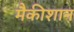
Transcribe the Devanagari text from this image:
मैकीशान